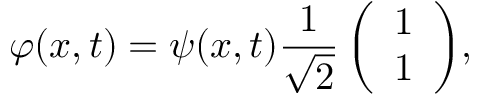
\varphi ( { x } , t ) = \psi ( { x } , t ) \frac { 1 } { \sqrt { 2 } } \left( \begin{array} { c } { 1 } \\ { 1 } \end{array} \right) \! ,